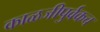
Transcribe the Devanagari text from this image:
काळजीपुर्वकच